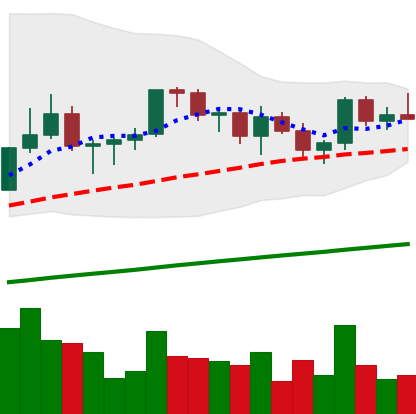
Ticker: LINK-USD
Chart end date: 2021-03-20
Forward return: -13.413%
Label: down_7plus